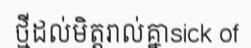
ថ្មីដល់មិត្តរាល់គ្នាsick of